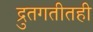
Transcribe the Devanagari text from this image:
द्रुतगतीतही